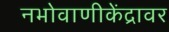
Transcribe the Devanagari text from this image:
नभोवाणीकेंद्रावर